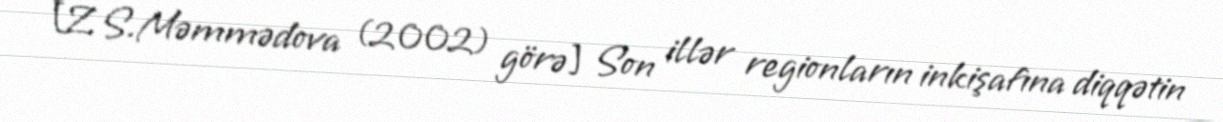
[Z.S.Məmmədova (2002) görə] Son illər regionların inkişafına diqqətin